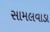
સામલવાડા